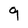
Character: 9